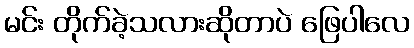
မင်း တိုက်ခဲ့သလားဆိုတာပဲ ဖြေပါလေ